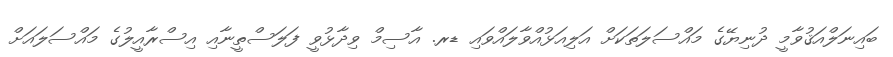
ބައިނަލްއަޤުވާމީ ދުނިޔޭގެ މައްސަލަތަކަށް އަލިއަޅުއްވާލައްވައި ޑރ. އާސިމް ވިދާޅުވީ ފަލަސްތީނާއި އިސްރާއީލުގެ މައްސަލައަށް